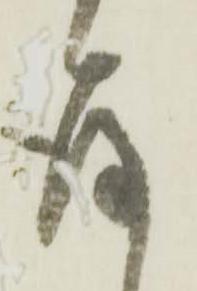
存